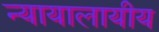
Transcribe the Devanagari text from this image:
न्यायालायीय